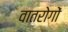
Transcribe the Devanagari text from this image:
वातरोगों